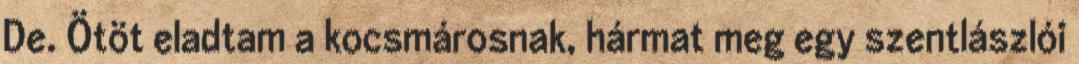
De. Ötöt eladtam a kocsmárosnak, hármat meg egy szentlászlói